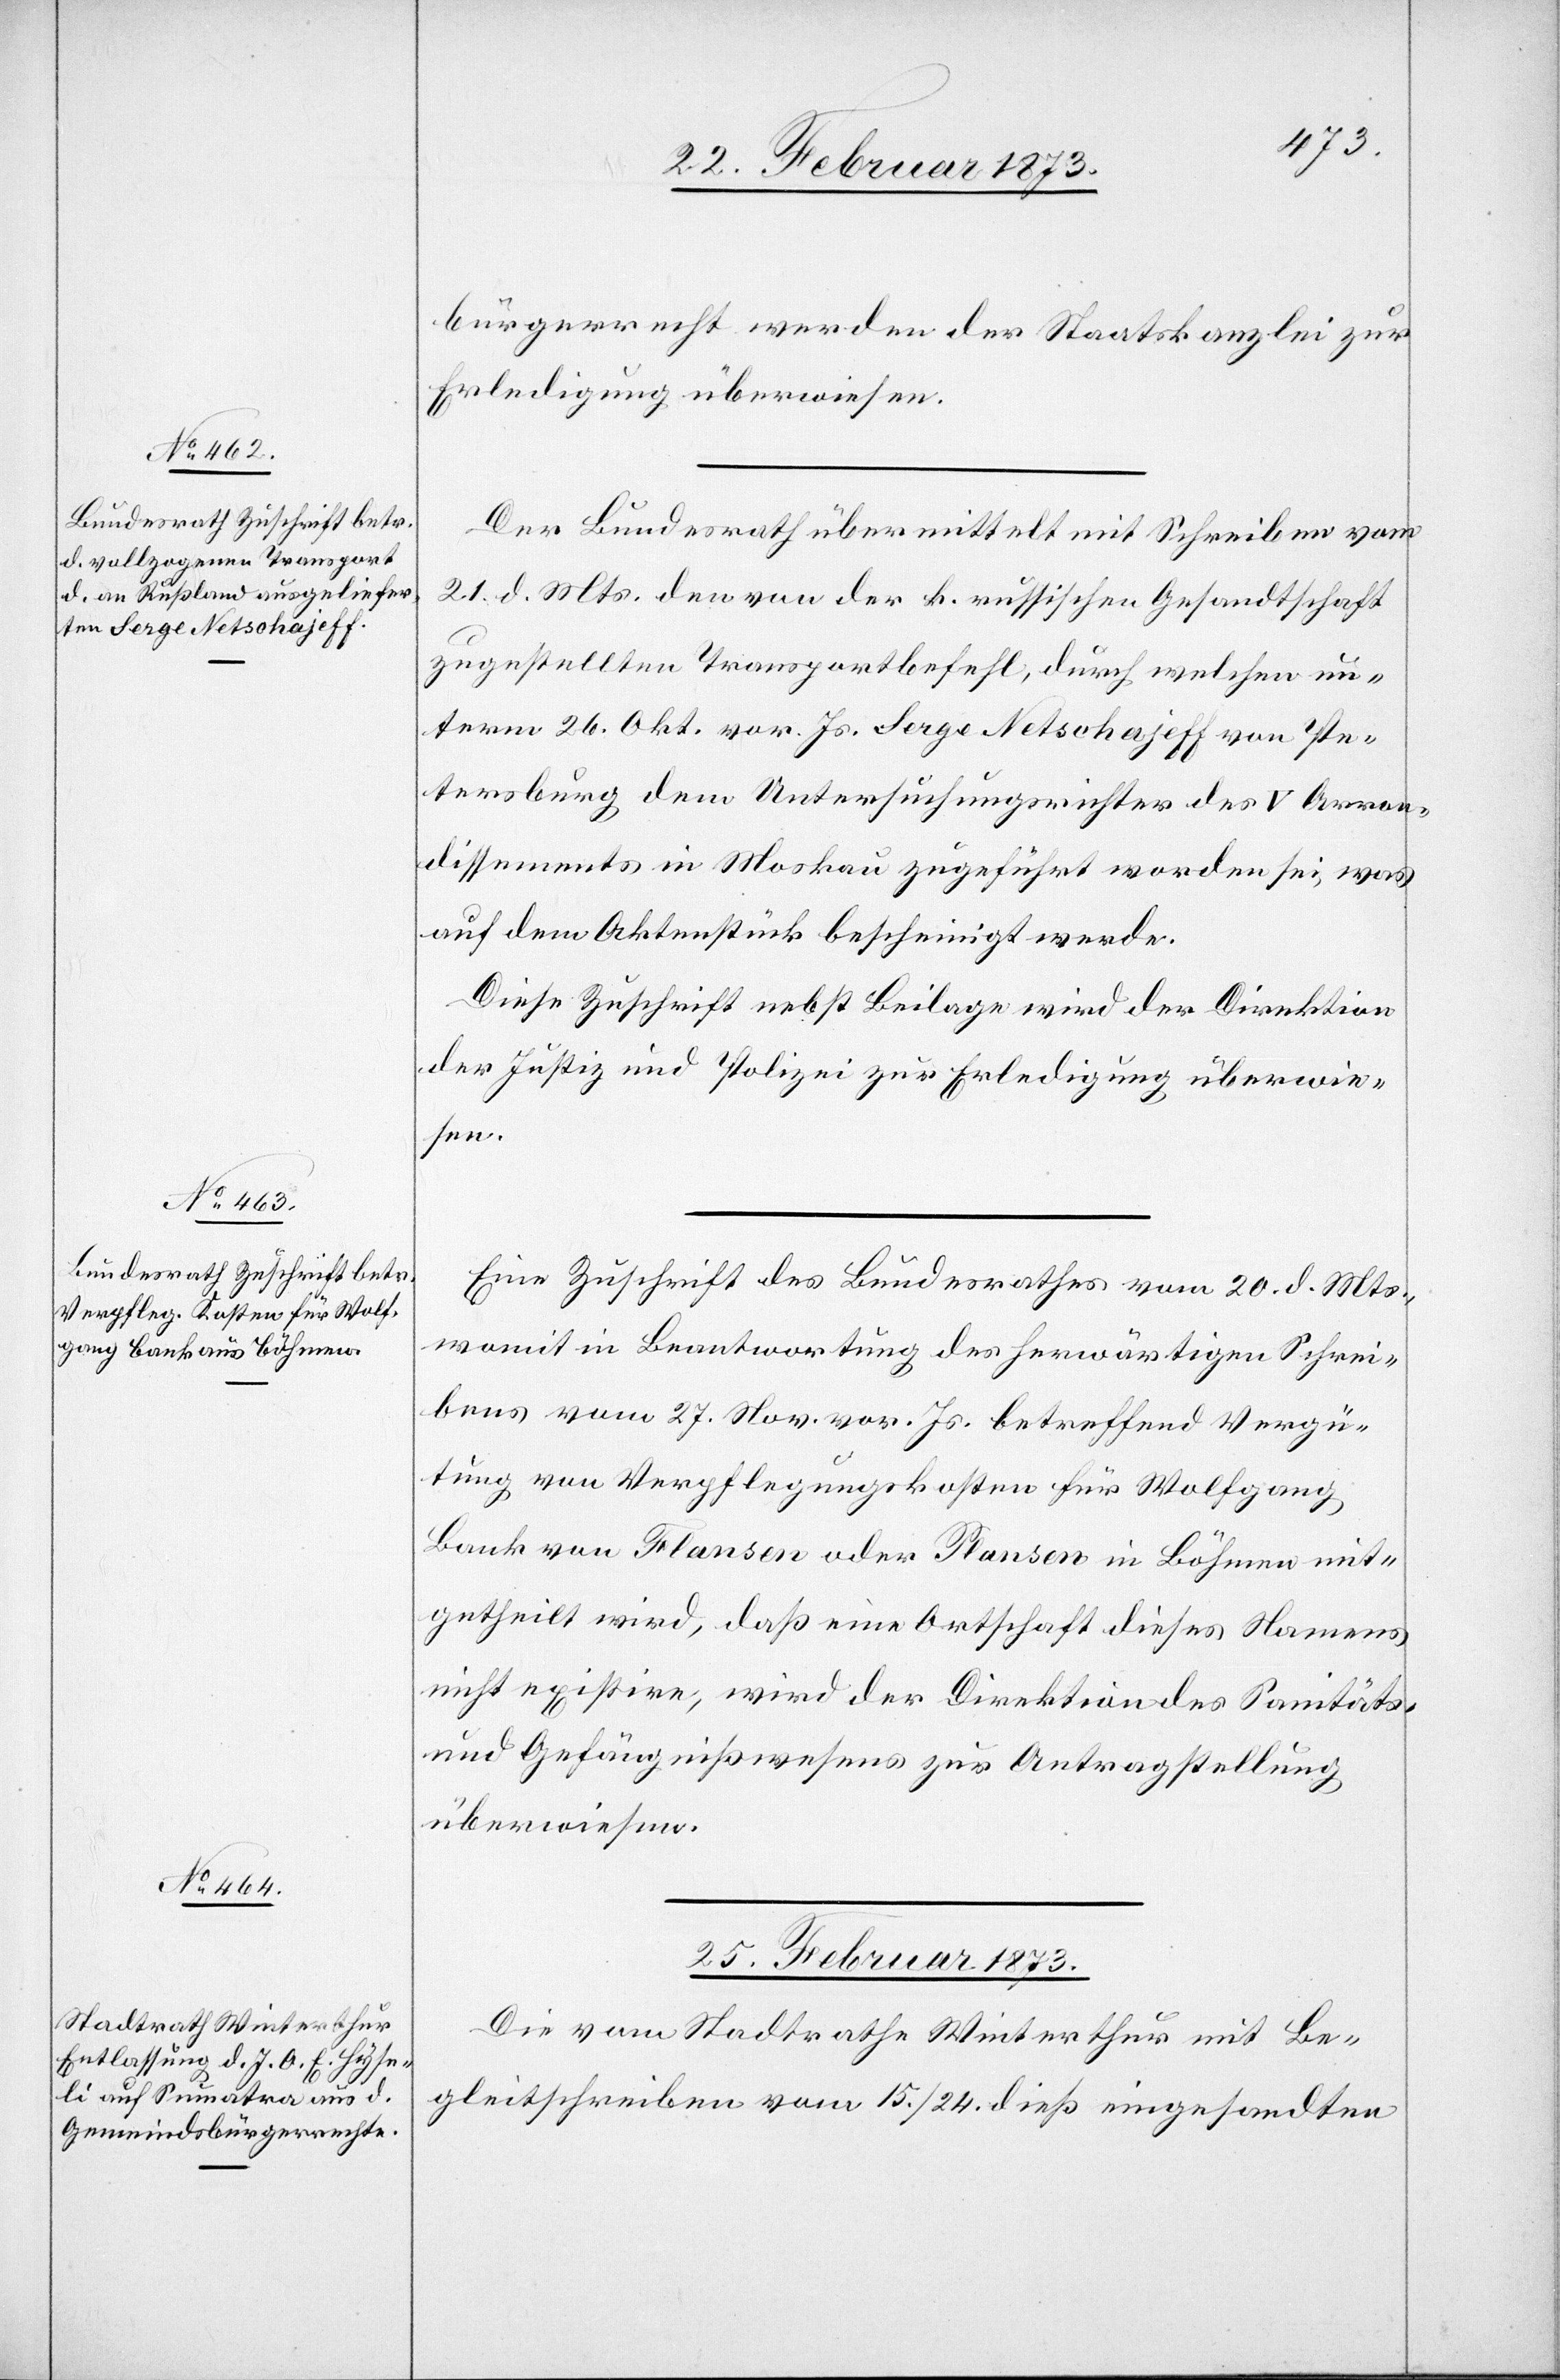
24. Februar 1873.]
bürgerrecht werden der Staatskanzlei zur
Erledigung überwiesen.
Der Bundesrath übermittelt mit Schreiben vom
21. d. Mts. den von der k. russischen Gesandtschaft
zugestellten Transportbefehl, durch welchen un¬
term 26. Okt. vor. Js. Serge Netschajeff von Pe¬
tersburg dem Untersuchungsrichter des V Arron¬
dissements in Moskau zugeführt worden sei, was
auf dem Aktenstück bescheinigt werde.
Diese Zuschrift nebst Beilage wird der Direktion
der Justiz und Polizei zur Erledigung überwie¬
sen.
Eine Zuschrift des Bundesrathes vom 20. d. Mts.,
womit in Beantwortung des herwärtigen Schrei¬
bens vom 27. Nov. vor. Js. betreffend Vergü¬
tung von Verpflegungskosten für Wolfgang
Bank von Flansen oder Plansen in Böhmen mit¬
getheilt wird, daß eine Ortschaft dieses Namens
nicht existire, wird der Direktion des Sanitäts-
und Gefängnißwesens zur Antragstellung
überwiesen.
25. Februar 1873.
Die vom Stadtrathe Winterthur mit Be¬
gleitschreiben vom 15./24. dieß eingesandten